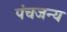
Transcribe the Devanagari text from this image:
पंचजन्य